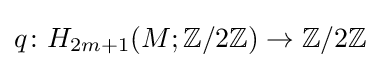
q\colon H_{2m+1}(M;\mathbb {Z} /2\mathbb {Z} )\to \mathbb {Z} /2\mathbb {Z}